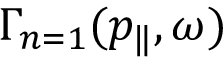
\Gamma _ { n = 1 } ( p _ { \| } , \omega )